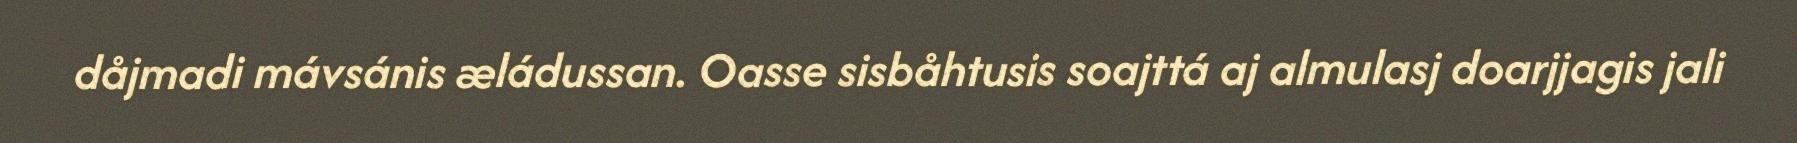
dåjmadi mávsánis æládussan. Oasse sisbåhtusis soajttá aj almulasj doarjjagis jali